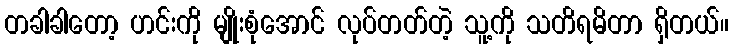
တခါခါတော့ ဟင်းကို မျိုးစုံအောင် လုပ်တတ်တဲ့ သူ့ကို သတိရမိတာ ရှိတယ်။